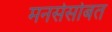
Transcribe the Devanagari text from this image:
मनसेसोबत